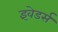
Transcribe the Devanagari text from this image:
इंवेडर्स